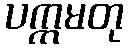
ပက္ကမတု